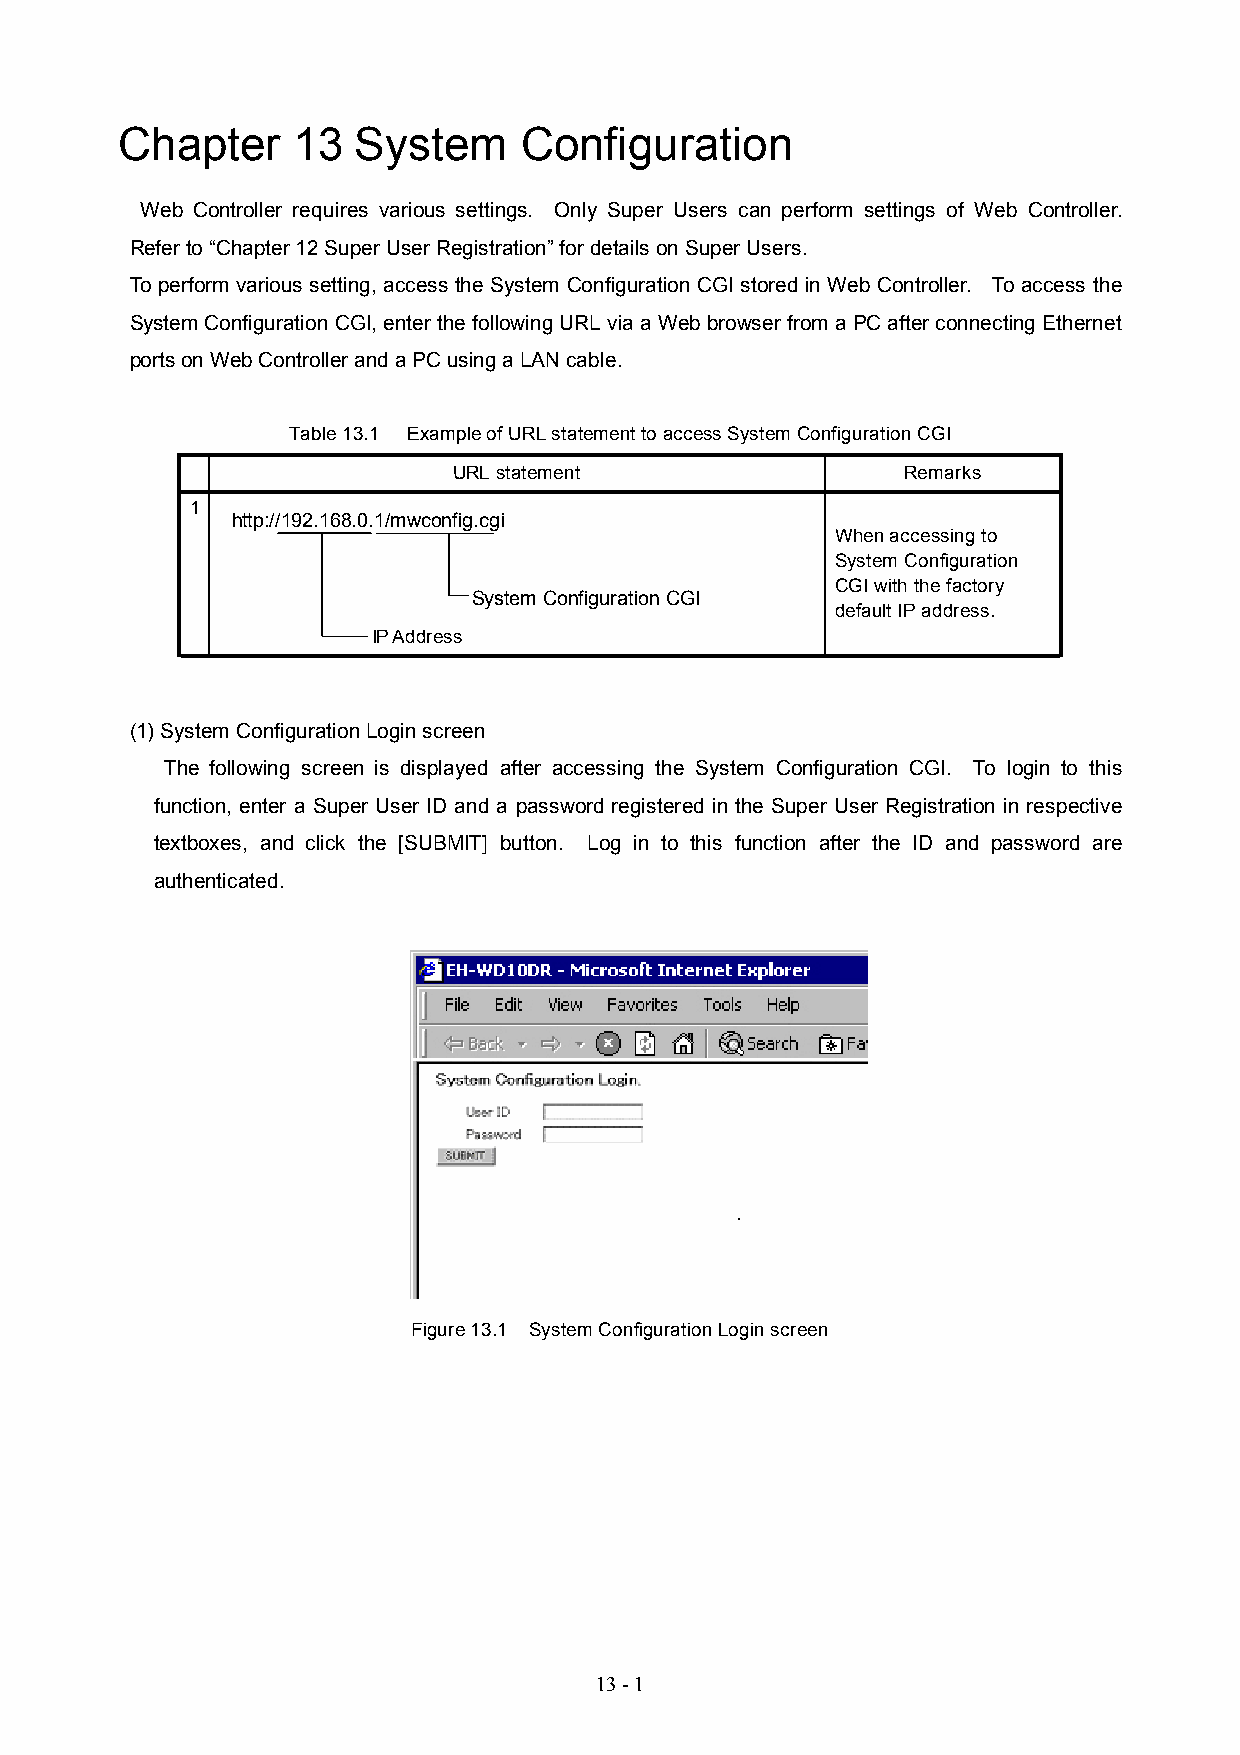
Chapter    13  System     Configuration
 Web Controller requires various settings. Only Super Users can perform settings of Web Controller.
 Refer to “Chapter 12 Super User Registration” for details on Super Users.
 To perform various setting, access the System Configuration CGI stored in Web Controller. To access the
 System Configuration CGI, enter the following URL via a Web browser from a PC after connecting Ethernet
 ports on Web Controller and a PC using a LAN cable.
 Table 13.1 Example of URL statement to access System Configuration CGI
 URL statement                 Remarks
 1
 http://192.168.0.1/mwconfig.cgi
 When accessing to
 System Configuration
 CGI with the factory
 System Configuration CGI
 default IP address.
 IP Address
 (1) System Configuration Login screen
 The following screen is displayed after accessing the System Configuration CGI. To login to this
 function, enter a Super User ID and a password registered in the Super User Registration in respective
 textboxes, and click the [SUBMIT] button. Log in to this function after the ID and password are
 authenticated.
 Figure 13.1 System Configuration Login screen
 13 - 1